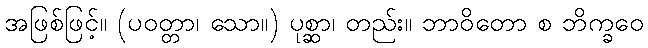
အဖြစ်ဖြင့်။ (ပဝတ္တာ၊ သော။) ပုစ္ဆာ၊ တည်း။ ဘာဝိတော စ ဘိက္ခဝေ